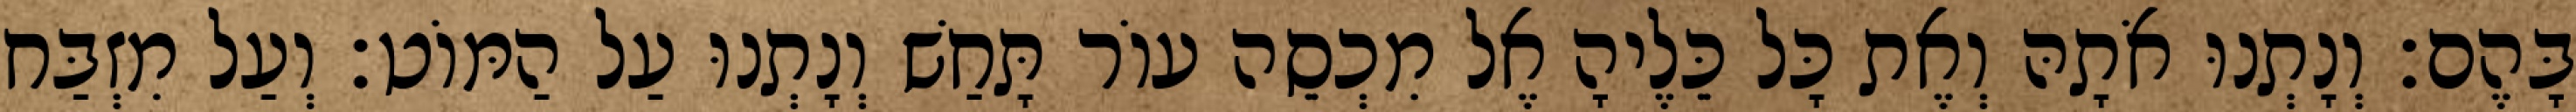
בָּהֶם׃ וְנָתְנוּ אֹתָהּ וְאֶת כָּל כֵּלֶיהָ אֶל מִכְסֵה עוֹר תָּחַשׁ וְנָתְנוּ עַל הַמּוֹט׃ וְעַל מִזְבַּח